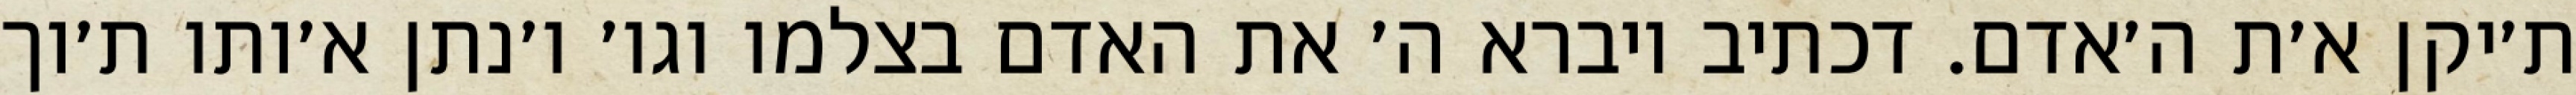
ת׳יקן א׳ת ה׳אדם. דכתיב ויברא ה׳ את האדם בצלמו וגו׳ ו׳נתן א׳ותו ת׳וך